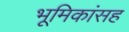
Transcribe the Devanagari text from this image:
भूमिकांसह